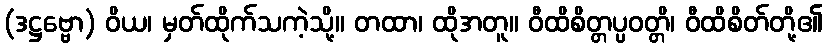
(ဒဋ္ဌဗ္ဗော) ဝိယ၊ မှတ်ထိုက်သကဲ့သို့။ တထာ၊ ထိုအတူ။ ဝီထိစိတ္တပ္ပဝတ္တိ၊ ဝီထိစိတ်တို့၏